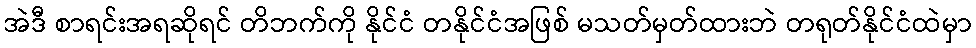
အဲဒီ စာရင်းအရဆိုရင် တိဘက်ကို နိုင်ငံ တနိုင်ငံအဖြစ် မသတ်မှတ်ထားဘဲ တရုတ်နိုင်ငံထဲမှာ